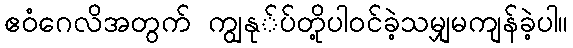
ဧဝံဂေလိအတွက် ကျွနု်ပ်တို့ပါဝင်ခဲ့သမျှမကျန်ခဲ့ပါ။